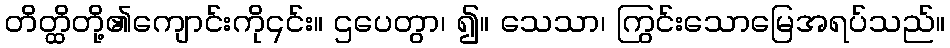
တိတ္ထိတို့၏ကျောင်းကို၎င်း။ ဌပေတွာ၊ ၍။ သေသာ၊ ကြွင်းသောမြေအရပ်သည်။